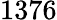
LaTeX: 1376